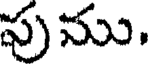
పుము.